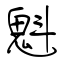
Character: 魁